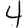
Digit: 4